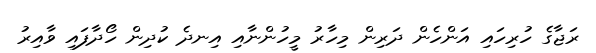
ރަޖާގެ ހުރިހައި އަންހެން ދަރިން މިހާރު މީހުންނާއި އިނދެ ކުދިން ހޯދާފައި ވާއިރު